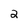
Character: 2